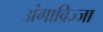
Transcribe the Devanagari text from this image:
अंगाविज्जा